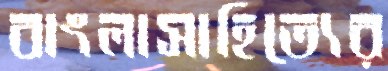
বাংলাসাহিত্যের